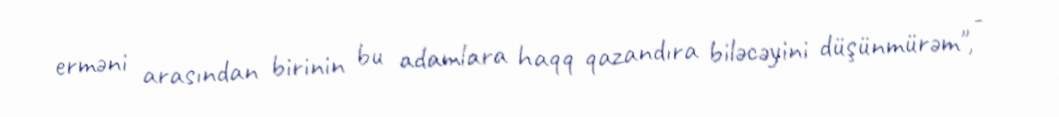
erməni arasından birinin bu adamlara haqq qazandıra biləcəyini düşünmürəm", -